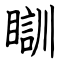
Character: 瞓